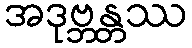
အဒုဗ္ဘန္တဿ